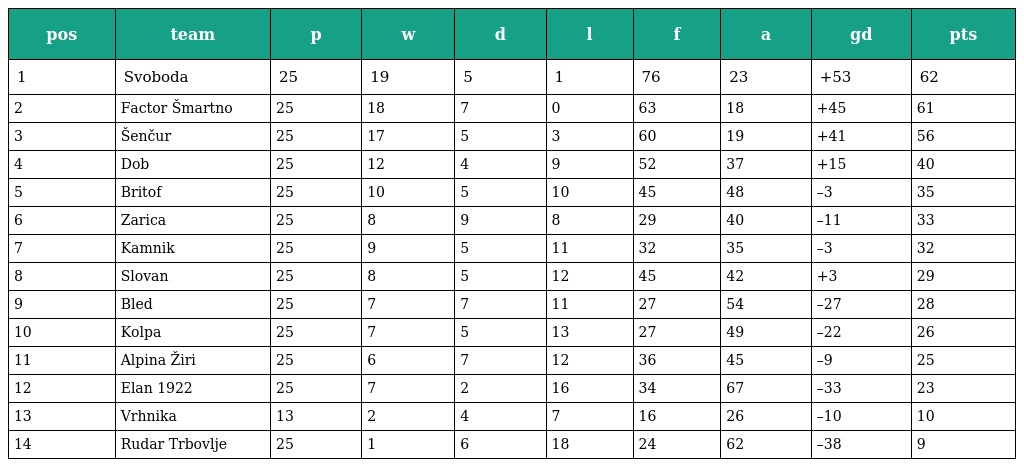
| pos | team | p | w | d | l | f | a | gd | pts |
 | --- | --- | --- | --- | --- | --- | --- | --- | --- | --- |
 | 1 | Svoboda | 25 | 19 | 5 | 1 | 76 | 23 | +53 | 62 |
 | 2 | Factor Šmartno | 25 | 18 | 7 | 0 | 63 | 18 | +45 | 61 |
 | 3 | Šenčur | 25 | 17 | 5 | 3 | 60 | 19 | +41 | 56 |
 | 4 | Dob | 25 | 12 | 4 | 9 | 52 | 37 | +15 | 40 |
 | 5 | Britof | 25 | 10 | 5 | 10 | 45 | 48 | –3 | 35 |
 | 6 | Zarica | 25 | 8 | 9 | 8 | 29 | 40 | –11 | 33 |
 | 7 | Kamnik | 25 | 9 | 5 | 11 | 32 | 35 | –3 | 32 |
 | 8 | Slovan | 25 | 8 | 5 | 12 | 45 | 42 | +3 | 29 |
 | 9 | Bled | 25 | 7 | 7 | 11 | 27 | 54 | –27 | 28 |
 | 10 | Kolpa | 25 | 7 | 5 | 13 | 27 | 49 | –22 | 26 |
 | 11 | Alpina Žiri | 25 | 6 | 7 | 12 | 36 | 45 | –9 | 25 |
 | 12 | Elan 1922 | 25 | 7 | 2 | 16 | 34 | 67 | –33 | 23 |
 | 13 | Vrhnika | 13 | 2 | 4 | 7 | 16 | 26 | –10 | 10 |
 | 14 | Rudar Trbovlje | 25 | 1 | 6 | 18 | 24 | 62 | –38 | 9 |